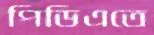
পিডিএতে